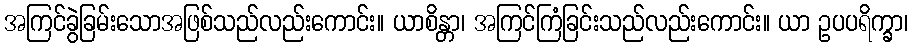
အကြင်ခွဲခြမ်းသောအဖြစ်သည်လည်းကောင်း။ ယာစိန္တာ၊ အကြင်ကြံခြင်းသည်လည်းကောင်း။ ယာ ဥပပရိက္ခာ၊